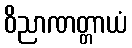
ဝိညာဏတ္တာယံ